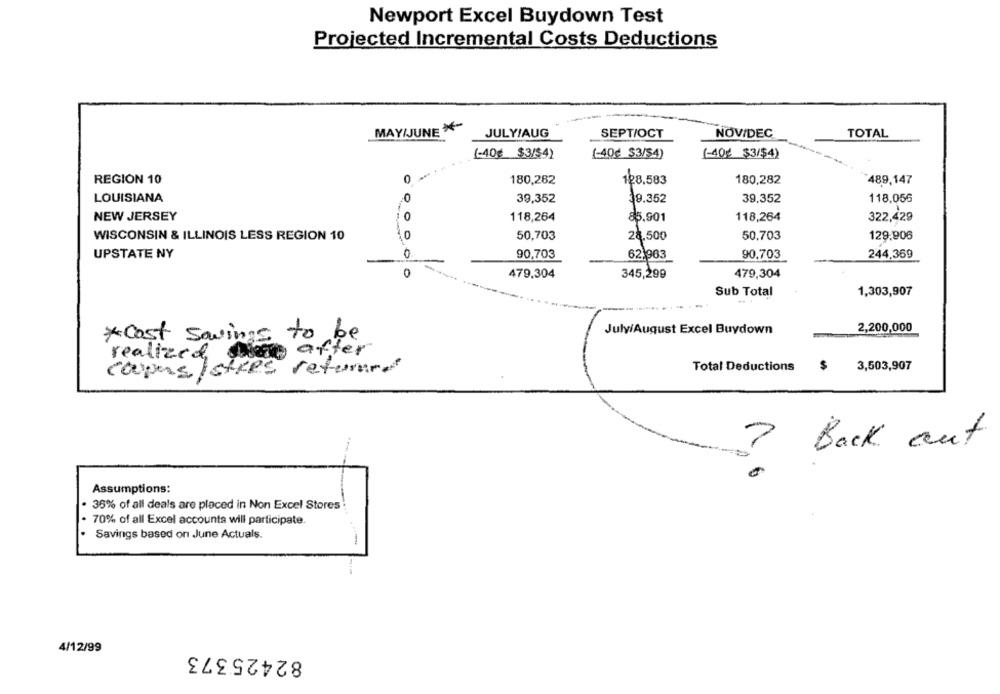
Newport Excel Buydown Test
Projected Incremental Costs Deductions
MAY/JUNE X-
JULY/AUG
SEPT/OCT
NOV/DEC
TOTAL
(-40€ $3/$4)
(-40¢ $3/$4)
(-40€ $3/$4)
REGION 10
0
180,282
180,282
489,147
128.583
LOUISIANA
0
39,352
39.352
39.352
118,056
NEW JERSEY
O
118,264
85.901
118,264
322,429
50,703
50,703
129.906
WISCONSIN & ILLINOIS LESS REGION 10
22.500
UPSTATE NY
90,703
62 963
90,703
244,369
479.304
345,299
479,304
Sub Total
1,303,907
July/August Excel Buydown
2,200,000
*cost savings to be
after
realized, he
Total Deductions
$
3,503,907
coupes stres returnre
Back out
Assumptions:
· 36% of all deals are placed in Non Excel Stores
. 70% of all Excel accounta will participate.
· Savings based on June Actuals.
4/12/99
82425373